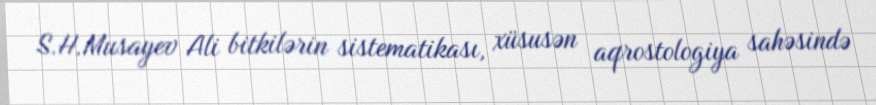
S.H.Musayev Ali bitkilərin sistematikası, xüsusən aqrostologiya sahəsində